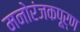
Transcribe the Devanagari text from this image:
मनोरंजकपूर्ण